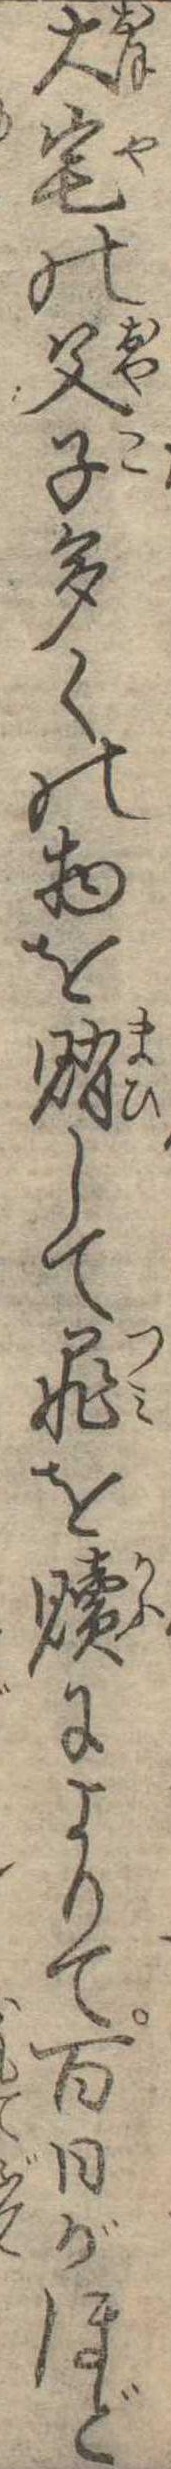
大宅の父子多くの物を賄して罪を贖によりて百日がほど